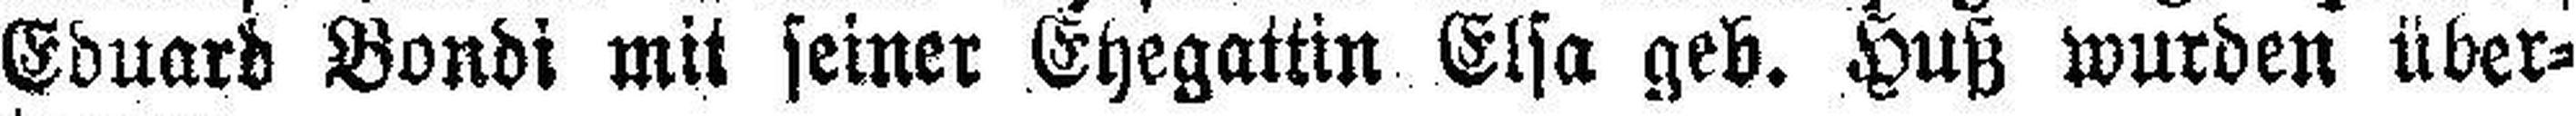
Eduard Bondi mit seiner Ehegattin Elsa geb. Huß wurden über¬